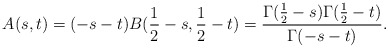
\begin{align*}A(s,t) = (-s-t)B(\frac{1}{2}-s,\frac{1}{2}-t) =\frac{\Gamma(\frac{1}{2}-s)\Gamma(\frac{1}{2}-t)}{\Gamma(-s-t)}.\end{align*}